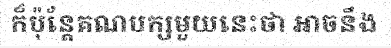
ក៏ប៉ុន្តែគណបក្សមួយនេះថា អាចនឹង